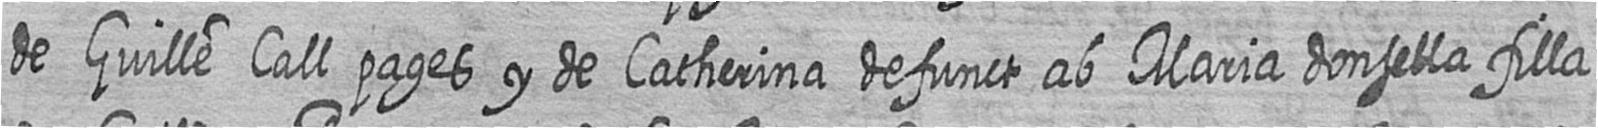
de Guille Call pages y de Catherina defunct ab Maria donsella filla